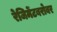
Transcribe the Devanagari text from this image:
रेजिमेंटबरोबर